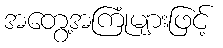
အတွေ့အကြုံများဖြင့်